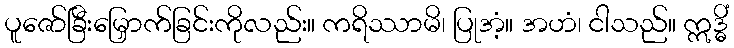
ပူဇော်ခြီးမြှောက်ခြင်းကိုလည်း။ ကရိဿာမိ၊ ပြုအံ့။ အဟံ၊ ငါသည်။ ဣဒ္ဓိံ